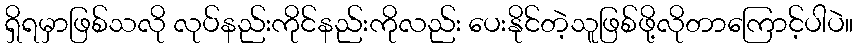
ရှိရမှာဖြစ်သလို လုပ်နည်းကိုင်နည်းကိုလည်း ပေးနိုင်တဲ့သူဖြစ်ဖို့လိုတာကြောင့်ပါပဲ။